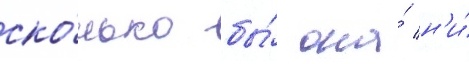
ско́лько бы́ она́ н'и́